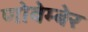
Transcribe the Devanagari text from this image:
णोवेम्बेर